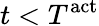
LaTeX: t<T^{\mathrm{{act}}}